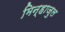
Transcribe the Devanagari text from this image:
मिन्हाजुल